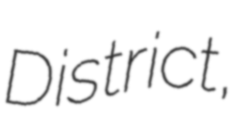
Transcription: District,